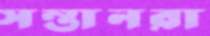
সন্তানরা